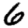
Digit: 6